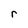
Character: r